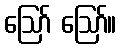
ဪ ဪ။